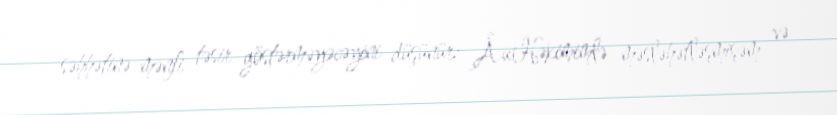
səhhətinə mənfi təsir göstərməyəcəyini düşünür: Â«Həkimimlə məsləhətləşmişəm və